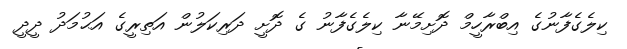
ކިލެގެފާނުގެ އިބްރާހީމް ދޮށިމޭނާ ކިލެގެފާނު ގެ ދޮށީ ދަރިކަލުން އަތިރީގެ އަޙުމަދު ދީދީ